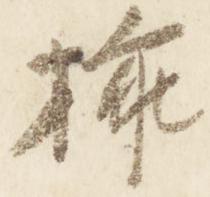
挿